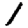
Digit: 1